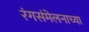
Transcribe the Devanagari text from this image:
रंगसंमेलनाच्या